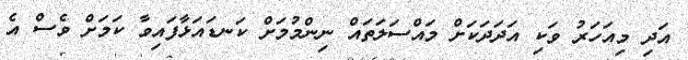
އަދި މިއަހަރު ވަކި އަދަދަކަށް މައްސަލަތައް ނިންމުމަށް ކަނޑައަޅާފައިވާ ކަމަށް ވެސް އެ